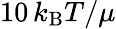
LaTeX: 10\, k_{\mathrm{B}}T/\mu